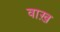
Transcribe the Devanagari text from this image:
वाख़